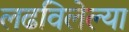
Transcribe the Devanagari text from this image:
लढविलेल्या